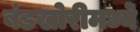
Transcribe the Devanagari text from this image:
बंडखोरीमध्ये